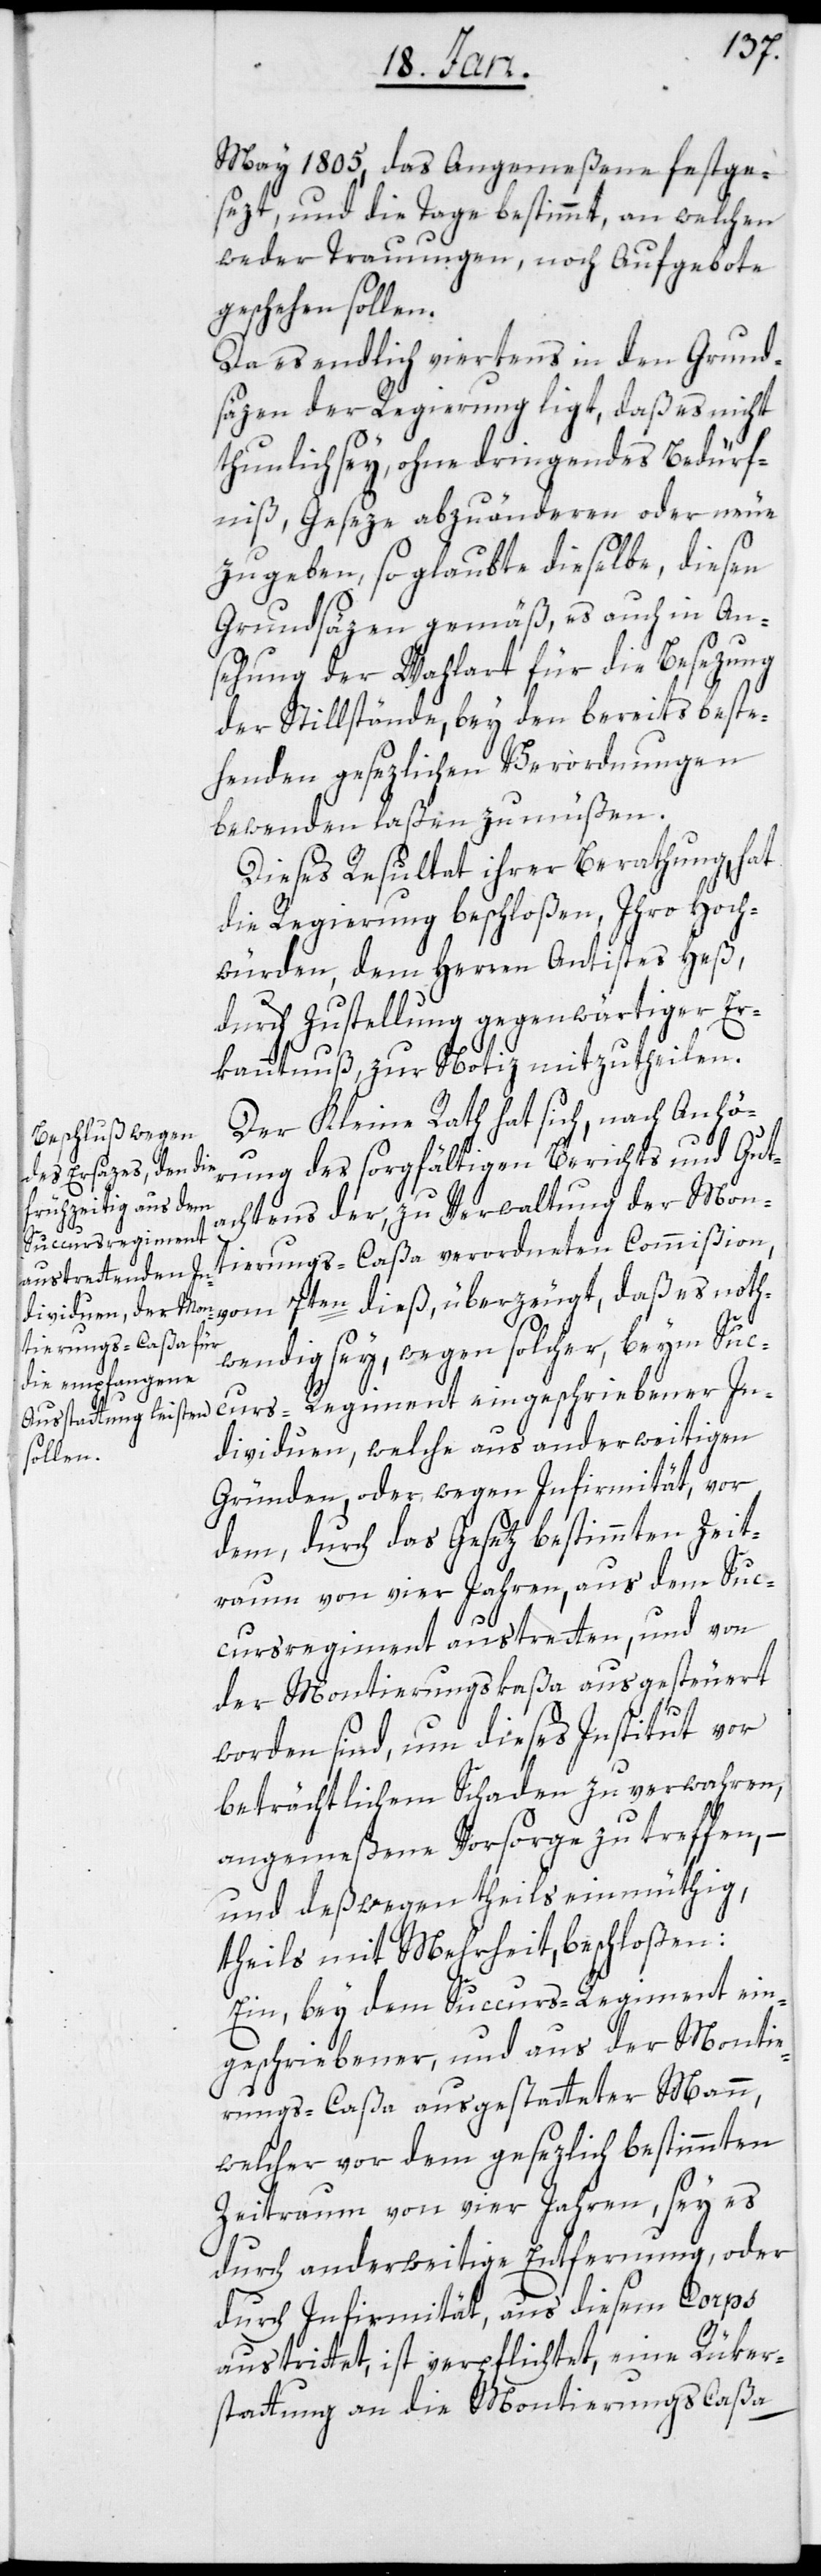
May 1805, das Angemeßene festge¬
sezt, und die Tage bestimmt, an welchen
weder Trauungen noch Aufgebote
geschehen sollen.
Da es endlich viertens in den Grund¬
säzen der Regierung ligt, daß es nicht
thunlich sey, ohne dringendes Bedürf¬
niß, Geseze abzuänderen oder neue
zu geben, so glaubte dieselbe, diesen
Grundsäzen gemäß, es auch in An¬
sehung der Wahlart für die Besezung
der Stillstände, bey den bereits beste¬
henden gesezlichen Verordnungen
bewenden laßen zu müßen.
Dieses Resultat ihrer Berathung, hat
die Regierung beschloßen, Ihro Hoch¬
würden, dem Herren Antistes Heß,
durch Zustellung gegenwärtiger Er¬
kanntnuß, zur Notiz mitzutheilen.
Der Kleine Rath hat sich, nach Anhö¬
rung des sorgfältigen Berichts und Gut¬
achtens der, zu Verwaltung der Mon¬
noth¬
curs-Regiment
tierungs-Caßa verordneten Commißion,
wendig sey, wegen solcher beym Suc¬
Individuen, welche aus anderweitigen
Gründen, oder wegen Infirmität, vor
dem, durch das Gesetz bestimmten Zeit¬
raum von vier Jahren, aus dem Suc¬
cursregiment austretten, und von
der Montierungskaßa ausgesteuert
worden sind, um dieses Institut vor
beträchtlichem Schaden zu verwahren,
angemeßene Vorsorge zu treffen, –
und deßwegen theils einmüthig,
theils mit Mehrheit beschloßen:
Ein, bey dem Succurs-Regiment ein¬
geschriebener, und aus der Montie¬
rungs-Caßa ausgestatteter Mann,
welcher vor dem gesezlich bestimmten
Zeitraum von vier Jahren, sey es
durch anderweitige Entfernung, oder
durch Infirmität, aus diesem Corps
austrittet, ist verpflichtet, eine Rüker¬
stattung an die Montierungs Caßa